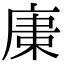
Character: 𢉫